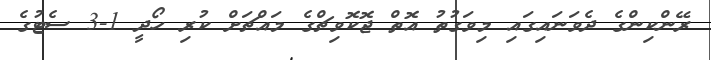
ރޭންކިންގެ ދެވަނައިގައި މިވަގުތު އޮތް ޖޮކޮވިޗްގެ މައްޗަށް ކުރި ހޯދީ 1-3 ސެޓުގެ